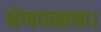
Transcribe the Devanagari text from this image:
श्रेणयस्तथा।